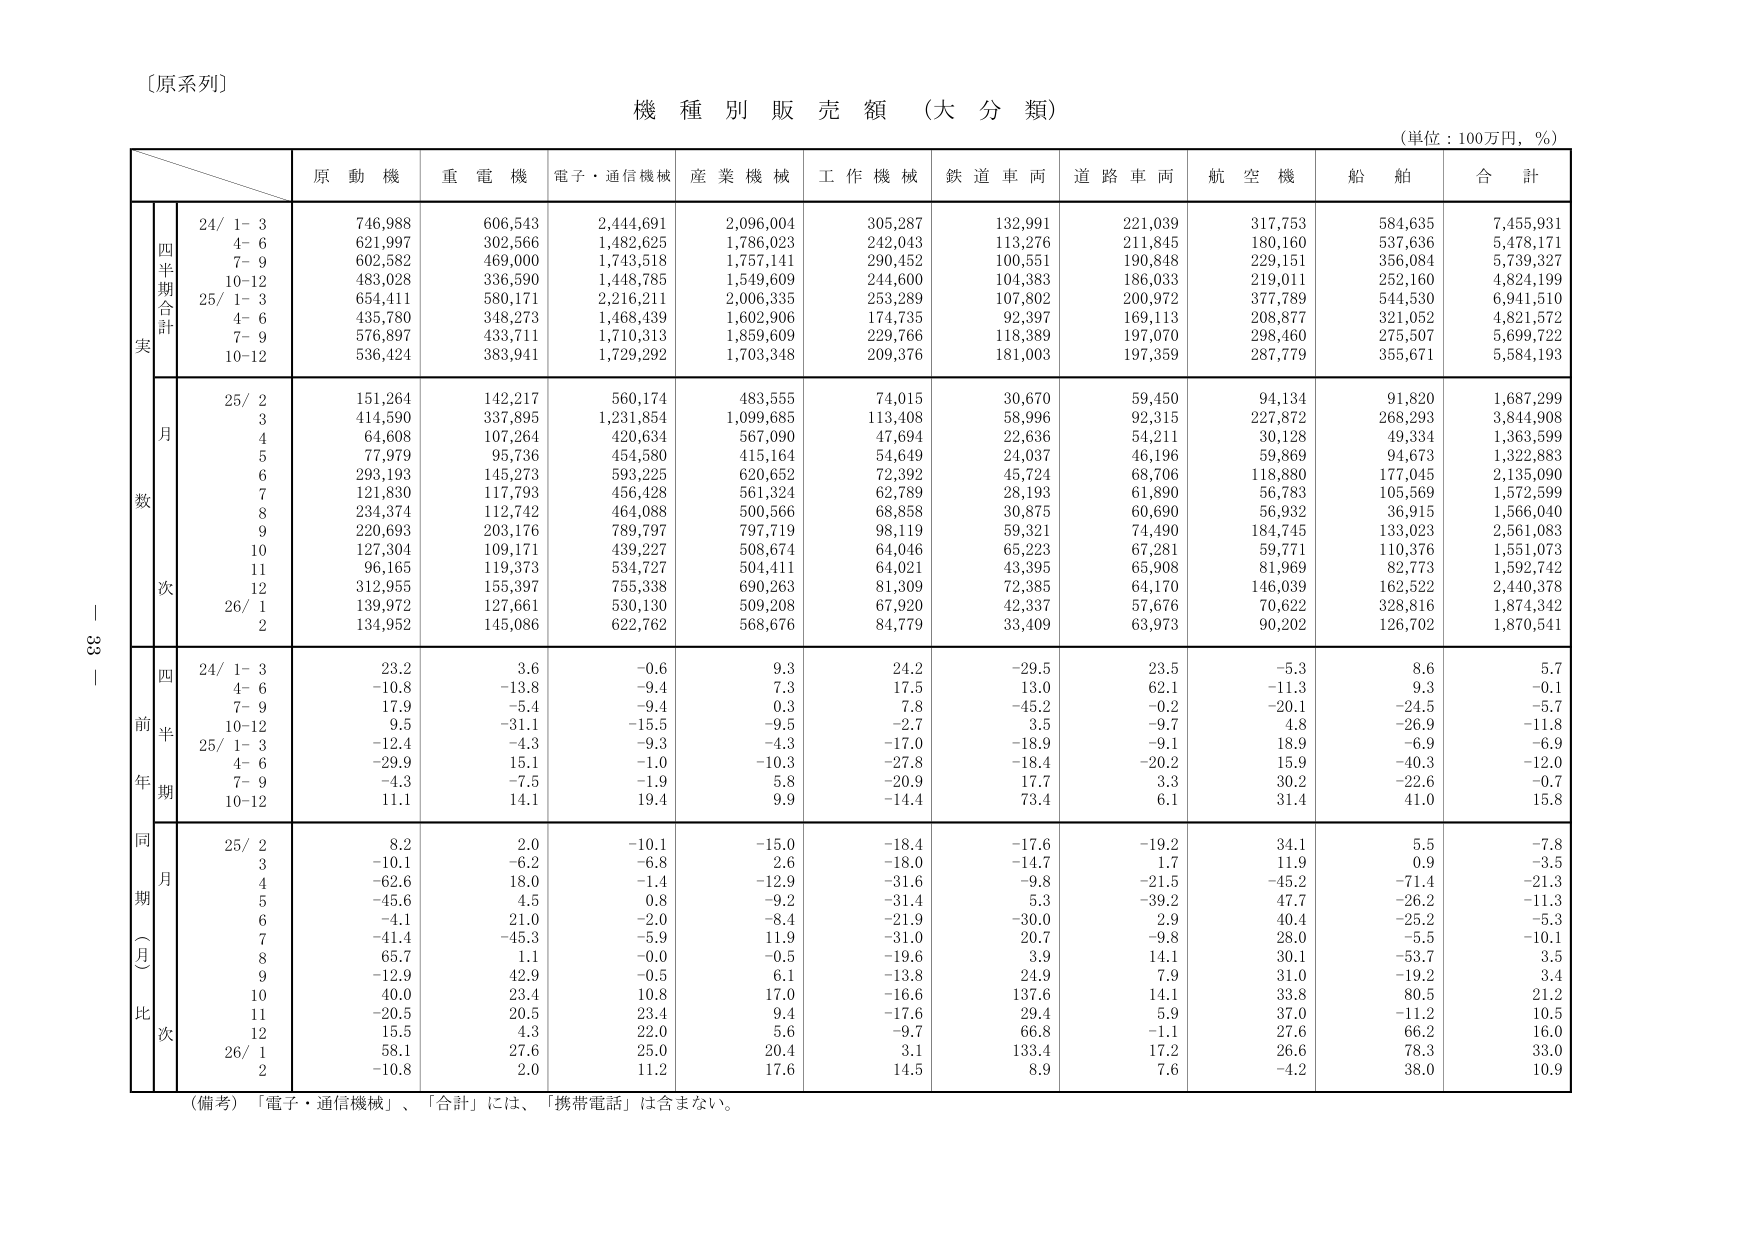
〔原系列〕

機 種 別 販 売 額 （大 分 類）

（単位：100万円，％）

　　　　　　　　　原 動 機　　重 電 機　　電子・通信機械　　産 業 機 械　　工 作 機 械　　鉄 道 車 両　　道 路 車 両　　航 空 機　　船 舶　　合 計

　　　　　　　　　　24/ 1- 3　　746,988　　606,543　　2,444,691　　2,096,004　　305,287　　132,991　　221,039　　317,753　　584,635　　7,455,931
　　　　　　　　　　4- 6　　　621,997　　302,566　　1,482,625　　1,786,023　　242,043　　113,276　　211,845　　180,160　　537,636　　5,478,171
　　　　　　　　　　7- 9　　　602,582　　469,000　　1,743,518　　1,757,141　　290,452　　100,551　　190,848　　229,151　　356,084　　5,739,327
　　　　　　　　　　10-12　　　483,028　　336,590　　1,448,785　　1,549,609　　244,600　　104,383　　186,033　　219,011　　252,160　　4,824,199
　　　　　　　　　　25/ 1- 3　　654,411　　580,171　　2,216,211　　2,006,335　　253,289　　107,802　　200,972　　377,789　　544,530　　6,941,510
　　　　　　　　　　4- 6　　　435,780　　348,273　　1,468,439　　1,602,906　　174,735　　92,397　　169,113　　208,877　　321,052　　4,821,572
　　　　　　　　　　7- 9　　　576,897　　433,711　　1,710,313　　1,859,609　　229,766　　118,389　　197,070　　298,460　　275,507　　5,699,722
　　　　　　　　　　10-12　　　536,424　　383,941　　1,729,292　　1,703,348　　209,376　　181,003　　197,359　　287,779　　355,671　　5,584,193

　　　　　　　　　　25/ 2　　　151,264　　142,217　　560,174　　483,555　　74,015　　30,670　　59,450　　94,134　　91,820　　1,687,299
　　　　　　　　　　3　　　　414,590　　337,895　　1,231,854　　1,099,685　　113,408　　58,996　　92,315　　227,872　　268,293　　3,844,908
　　　　　　　　　　4　　　　64,608　　107,264　　420,634　　567,090　　47,694　　22,636　　54,211　　30,128　　49,334　　1,363,599
　　　　　　　　　　5　　　　77,979　　95,736　　454,580　　415,164　　54,649　　24,037　　46,196　　59,869　　94,673　　1,322,883
　　　　　　　　　　6　　　　293,193　　145,273　　593,225　　620,652　　72,392　　45,724　　68,706　　118,880　　177,045　　2,135,090
　　　　　　　　　　7　　　　121,830　　117,793　　456,428　　561,324　　62,789　　28,193　　61,890　　56,783　　105,569　　1,572,599
　　　　　　　　　　8　　　　234,374　　112,742　　464,088　　500,566　　68,858　　30,875　　60,690　　56,932　　36,915　　1,566,040
　　　　　　　　　　9　　　　220,693　　203,176　　789,797　　797,719　　98,119　　59,321　　74,490　　184,745　　133,023　　2,561,083
　　　　　　　　　　10　　　127,304　　109,171　　439,227　　508,674　　64,046　　65,223　　67,281　　59,771　　110,376　　1,551,073
　　　　　　　　　　11　　　96,165　　119,373　　534,727　　504,411　　64,021　　43,395　　65,908　　81,969　　82,773　　1,592,742
　　　　　　　　　　12　　　312,955　　155,397　　755,338　　690,263　　81,309　　72,385　　64,170　　146,039　　162,522　　2,440,378
　　　　　　　　　　26/ 1　　　139,972　　127,661　　530,130　　509,208　　67,920　　42,337　　57,676　　70,622　　328,816　　1,874,342
　　　　　　　　　　2　　　　134,952　　145,086　　622,762　　568,676　　84,779　　33,409　　63,973　　90,202　　126,702　　1,870,541

　　　　　　　　　　24/ 1- 3　　　23.2　　　3.6　　　-0.6　　　9.3　　　24.2　　　-29.5　　　23.5　　　-5.3　　　8.6　　　5.7
　　　　　　　　　　4- 6　　　　-10.8　　　-13.8　　　-9.4　　　7.3　　　17.5　　　13.0　　　62.1　　　-11.3　　　9.3　　　-0.1
　　　　　　　　　　7- 9　　　　17.9　　　-5.4　　　-9.4　　　0.3　　　7.8　　　-45.2　　　-0.2　　　-20.1　　　-24.5　　　-5.7
　　　　　　　　　　10-12　　　9.5　　　-31.1　　　-15.5　　　-9.5　　　-2.7　　　3.5　　　-9.7　　　4.8　　　-26.9　　　-11.8
　　　　　　　　　　25/ 1- 3　　　-12.4　　　-4.3　　　-9.3　　　-4.3　　　-17.0　　　-18.9　　　-9.1　　　18.9　　　-6.9　　　-6.9
　　　　　　　　　　4- 6　　　　-29.9　　　15.1　　　-1.0　　　-10.3　　　-27.8　　　-18.4　　　-20.2　　　15.9　　　-40.3　　　-12.0
　　　　　　　　　　7- 9　　　　-4.3　　　-7.5　　　-1.9　　　5.8　　　-20.9　　　17.7　　　3.3　　　30.2　　　-22.6　　　-0.7
　　　　　　　　　　10-12　　　11.1　　　14.1　　　19.4　　　9.9　　　-14.4　　　73.4　　　6.1　　　31.4　　　41.0　　　15.8

　　　　　　　　　　25/ 2　　　8.2　　　2.0　　　-10.1　　　-15.0　　　-18.4　　　-17.6　　　-19.2　　　34.1　　　5.5　　　-7.8
　　　　　　　　　　3　　　　-10.1　　　-6.2　　　-6.8　　　2.6　　　-18.0　　　-14.7　　　1.7　　　11.9　　　0.9　　　-3.5
　　　　　　　　　　4　　　　-62.6　　　18.0　　　-1.4　　　-12.9　　　-31.6　　　-9.8　　　-21.5　　　-45.2　　　-71.4　　　-21.3
　　　　　　　　　　5　　　　-45.6　　　4.5　　　0.8　　　-9.2　　　-31.4　　　5.3　　　-39.2　　　47.7　　　-26.2　　　-11.3
　　　　　　　　　　6　　　　-4.1　　　21.0　　　-2.0　　　-8.4　　　-21.9　　　-30.0　　　2.9　　　40.4　　　-25.2　　　-5.3
　　　　　　　　　　7　　　　-41.4　　　-45.3　　　-5.9　　　11.9　　　-31.0　　　20.7　　　-9.8　　　28.0　　　-5.5　　　-10.1
　　　　　　　　　　8　　　　65.7　　　1.1　　　-0.0　　　-0.5　　　-19.6　　　3.9　　　14.1　　　30.1　　　-53.7　　　3.5
　　　　　　　　　　9　　　　-12.9　　　42.9　　　-0.5　　　6.1　　　-13.8　　　24.9　　　7.9　　　31.0　　　-19.2　　　3.4
　　　　　　　　　　10　　　40.0　　　23.4　　　10.8　　　17.0　　　-16.6　　　137.6　　　14.1　　　33.8　　　80.5　　　21.2
　　　　　　　　　　11　　　-20.5　　　20.5　　　23.4　　　9.4　　　-17.6　　　29.4　　　5.9　　　37.0　　　-11.2　　　10.5
　　　　　　　　　　12　　　15.5　　　4.3　　　22.0　　　5.6　　　-9.7　　　66.8　　　-1.1　　　27.6　　　66.2　　　16.0
　　　　　　　　　　26/ 1　　　58.1　　　27.6　　　25.0　　　20.4　　　3.1　　　133.4　　　17.2　　　26.6　　　78.3　　　33.0
　　　　　　　　　　2　　　　-10.8　　　2.0　　　11.2　　　17.6　　　14.5　　　8.9　　　7.6　　　-4.2　　　38.0　　　10.9

（備考）「電子・通信機械」、「合計」には、「携帯電話」は含まない。

33 -